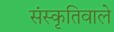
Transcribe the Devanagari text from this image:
संस्कृतिवाले